Bréfritari: Sigríður Pálsdóttir
Viðtakandi: Páll Pálsson
Dagsetning: A-1871-02-16
Skrifað á: Breiðabólsstað  Rang.
Páll var bróðir Sigríðar

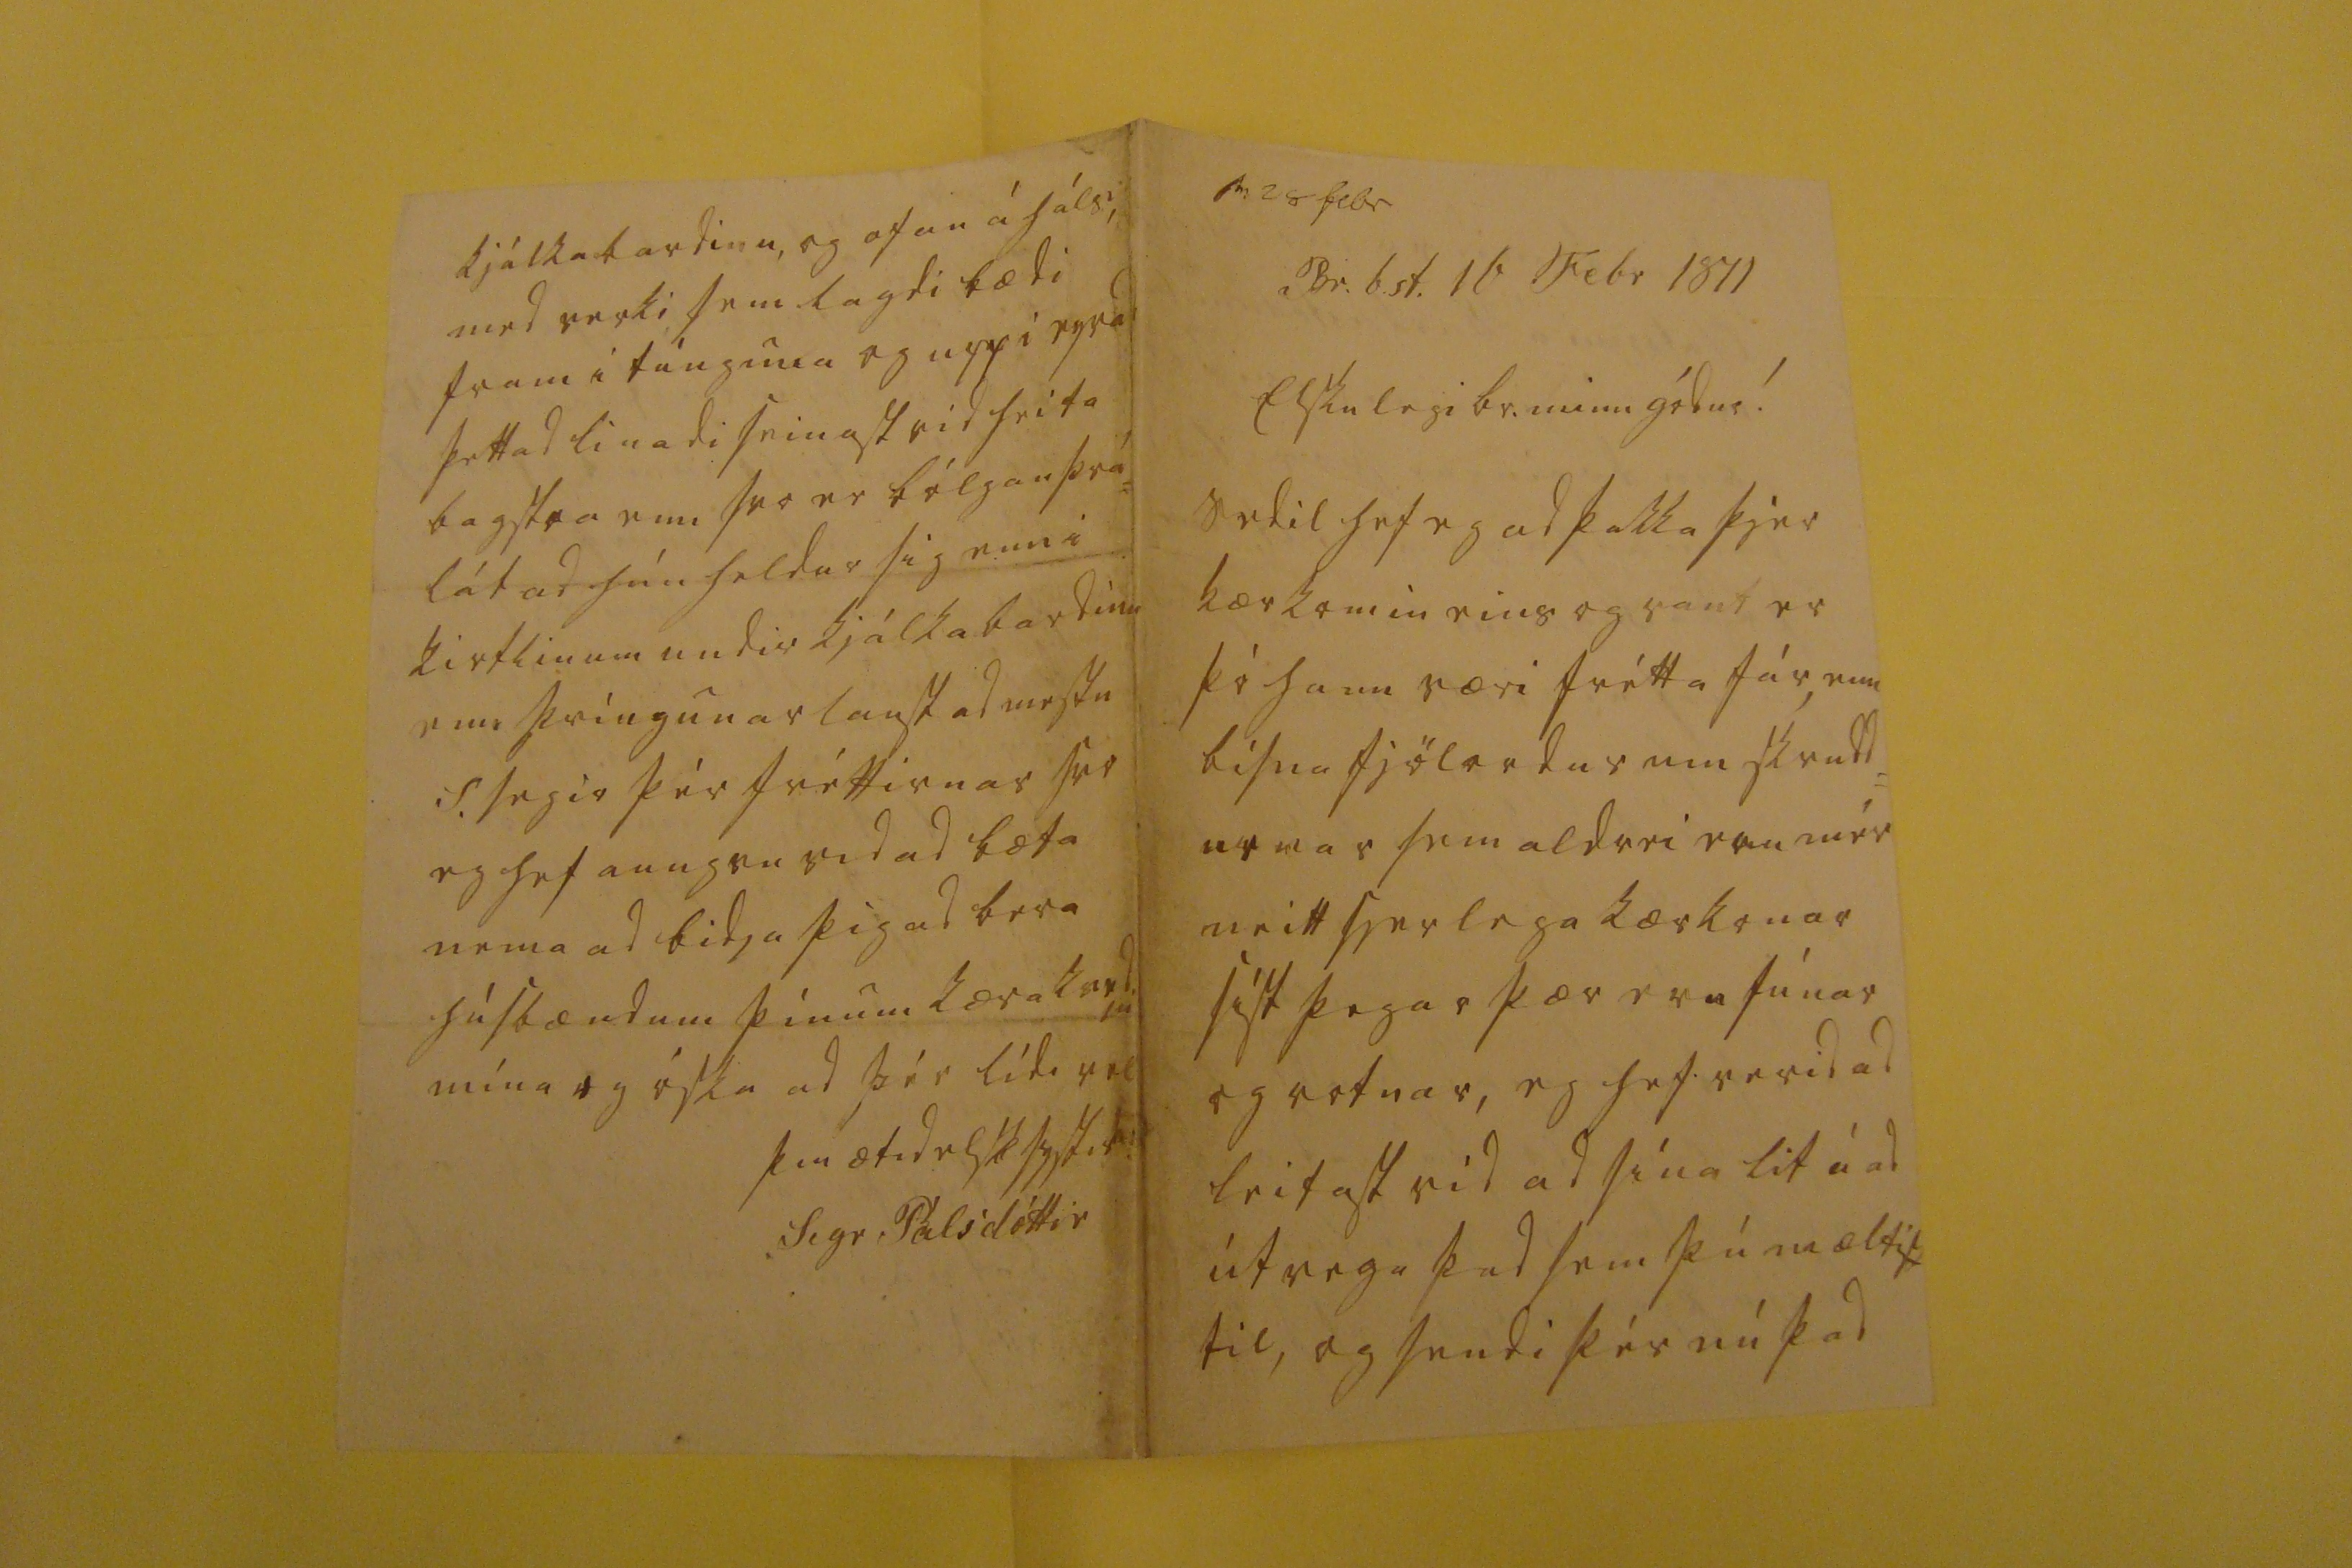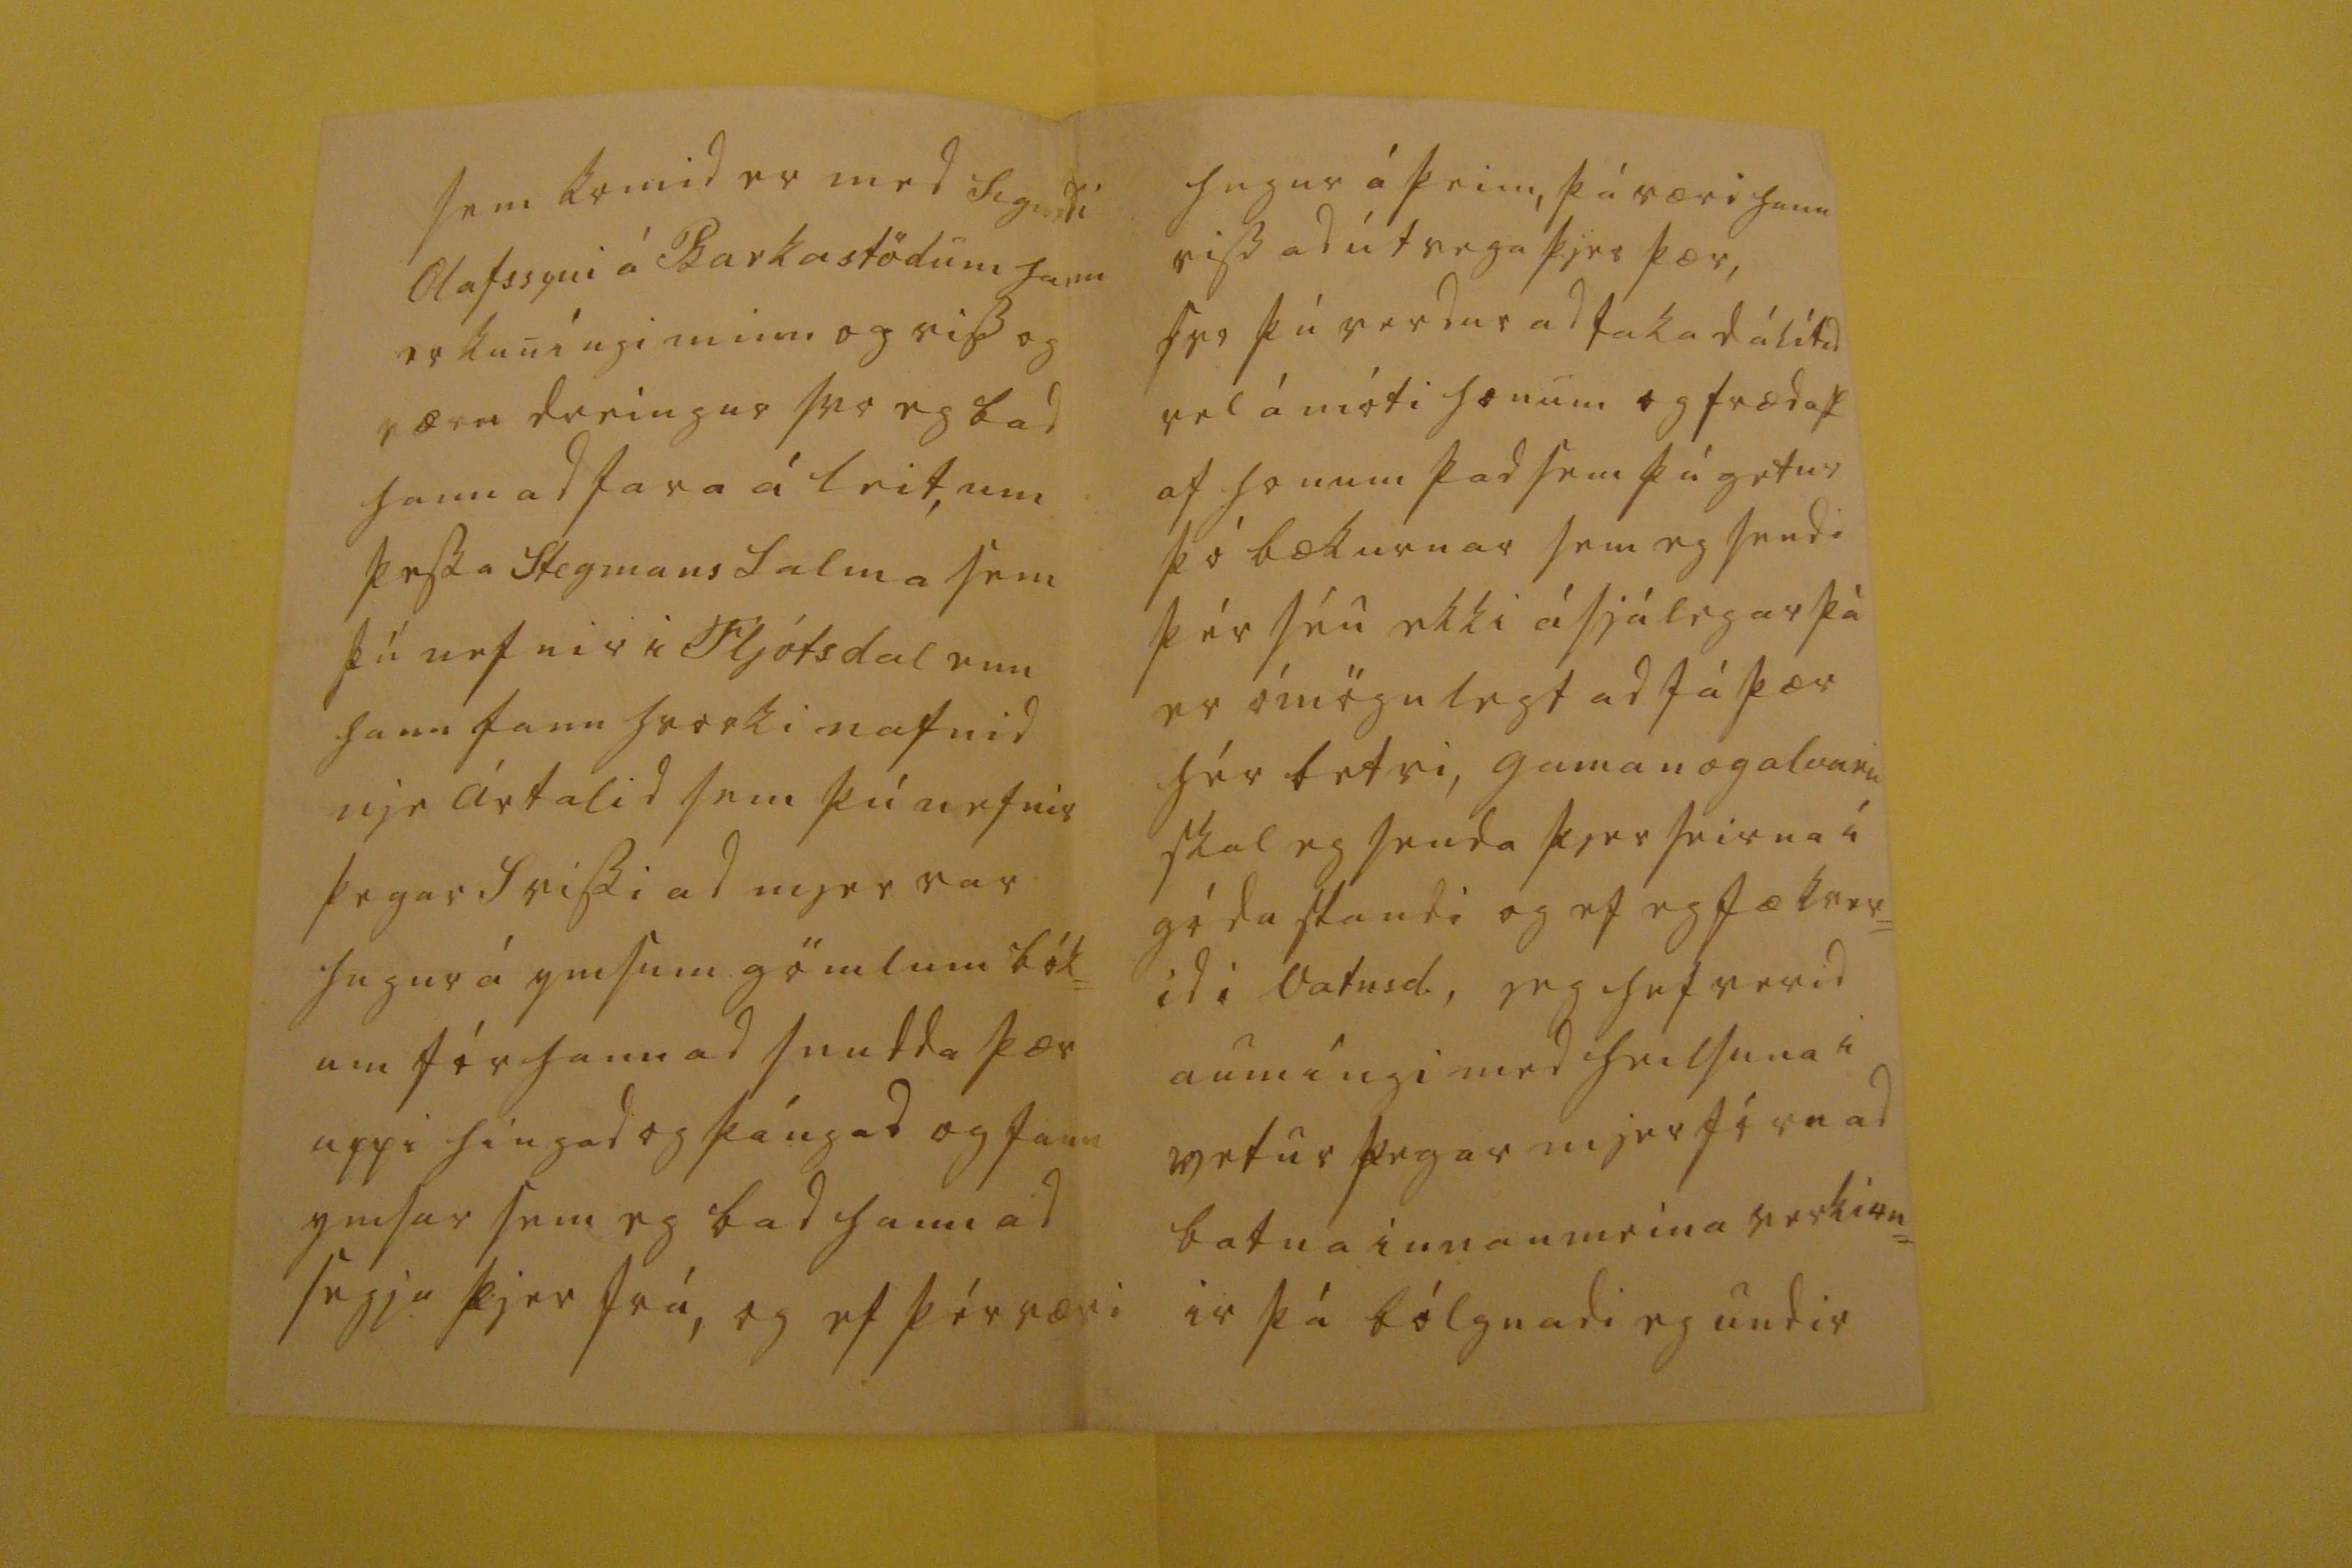

sv 28 Febr
Br.b.st 16 Febr 1871
Elskulegi br. minn gódur!
Sedil hef eg ad þakka þjer kærkomin eins og vant er þó hann væri frétta fár, enn bísna fjölordur um skrudd= urnar sem aldrei eru mér neitt sjerlega kærkonar síst þegar þær eru fúnar og rotnar, eg hef verid ad leitast vid ad sína lit á ad útvega þad sem þú mæltist til, og sendi þér nú þad
sem komid er med Sigurdi Olafssyni á Barkastödum hann er kuníngi minn og viss og værn dreingur svo eg bad hann ad fara á leit, um þessa Stegmans Salma sem þú nefnir i Fljótsdal enn hann fann hvorki nafnid nje ártalid sem þú nefnir þegar s vissi ad mjer var hugur á ymsum gömlum bók= um fór hann ad snudda þær uppi hingad og þángad og fann ymsar sem eg bad hann ad segja þjer frá, og ef þér væri
hugur á þeim, þá væri hann viss ad útvega þjer þær, svo þú verdur ad taka dálítid vel á móti honum og frædast af honum þad sem þú getur þó bækurnar sem eg sendi þér séu ekki ásjálegar þá er ómögulegt ad fá þær hér betri, gaman og alvuru skal eg senda þjer seirna í gódu standi og ef eg fæ kver= id i Vatnsd., jeg hef verid aumíngi med heilsuna i vetur þegar mjer fór
a
ad batna innanmeina verkirn= ir þá bólgnadi eg undir
kjálkabardinu, og ofan á háls, med verki sem lagdi bædi fram í túnguna og upp i eyrad þettad linadi seinast vid heita bagstra enn svo er bólgan þrá= lát ad hún heldur sig enn i kirtlinum undir kjálkabardinu enn þvingunarlaust ad mestu S. segir þér fréttirnar svo eg hef aungvu vid ad bæta nema ad bidja þig ad bera húsbændum þínum kæra kvedju mína og óska ad þér lídi vel
þin ætíd elsk systir
Sigr Pálsdóttir